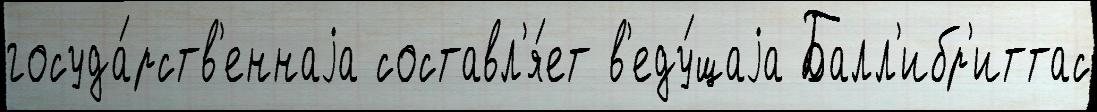
госуда́рств'еннаjа составл'я́ет в'еду́щаjа Балл'ибр'иттас